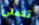
تتمنى